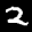
Label: 2